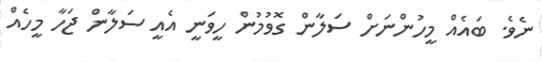
ނެވެ. ބައެއް މީހުންނަށް ސަލާން ގޮވުމުން ހީވަނީ އެއީ ސަލާން ޖަހާ މީހެއް